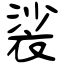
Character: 裟